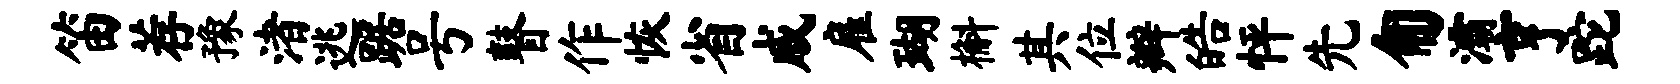
笛荐豫渚逃踞号瞽作恢省戚雇瑚槲其位辫皓怦先匍灞亨跎